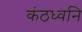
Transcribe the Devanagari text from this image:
कंठध्वनि